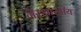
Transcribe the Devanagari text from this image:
गैरशास्त्रीय